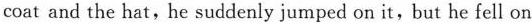
coat and the hat,he suddenly jumped on it, but he fell on